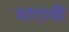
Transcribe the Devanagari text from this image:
भाटायी